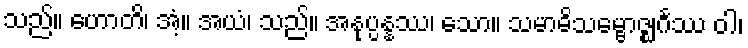
သည်။ ဟောတိ၊ အံ့။ အယံ၊ သည်။ အနုပ္ပန္နဿ၊ သော။ သမာဓိသမ္ဗောဇ္ဈင်္ဂဿ ဝါ၊